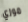
موزي